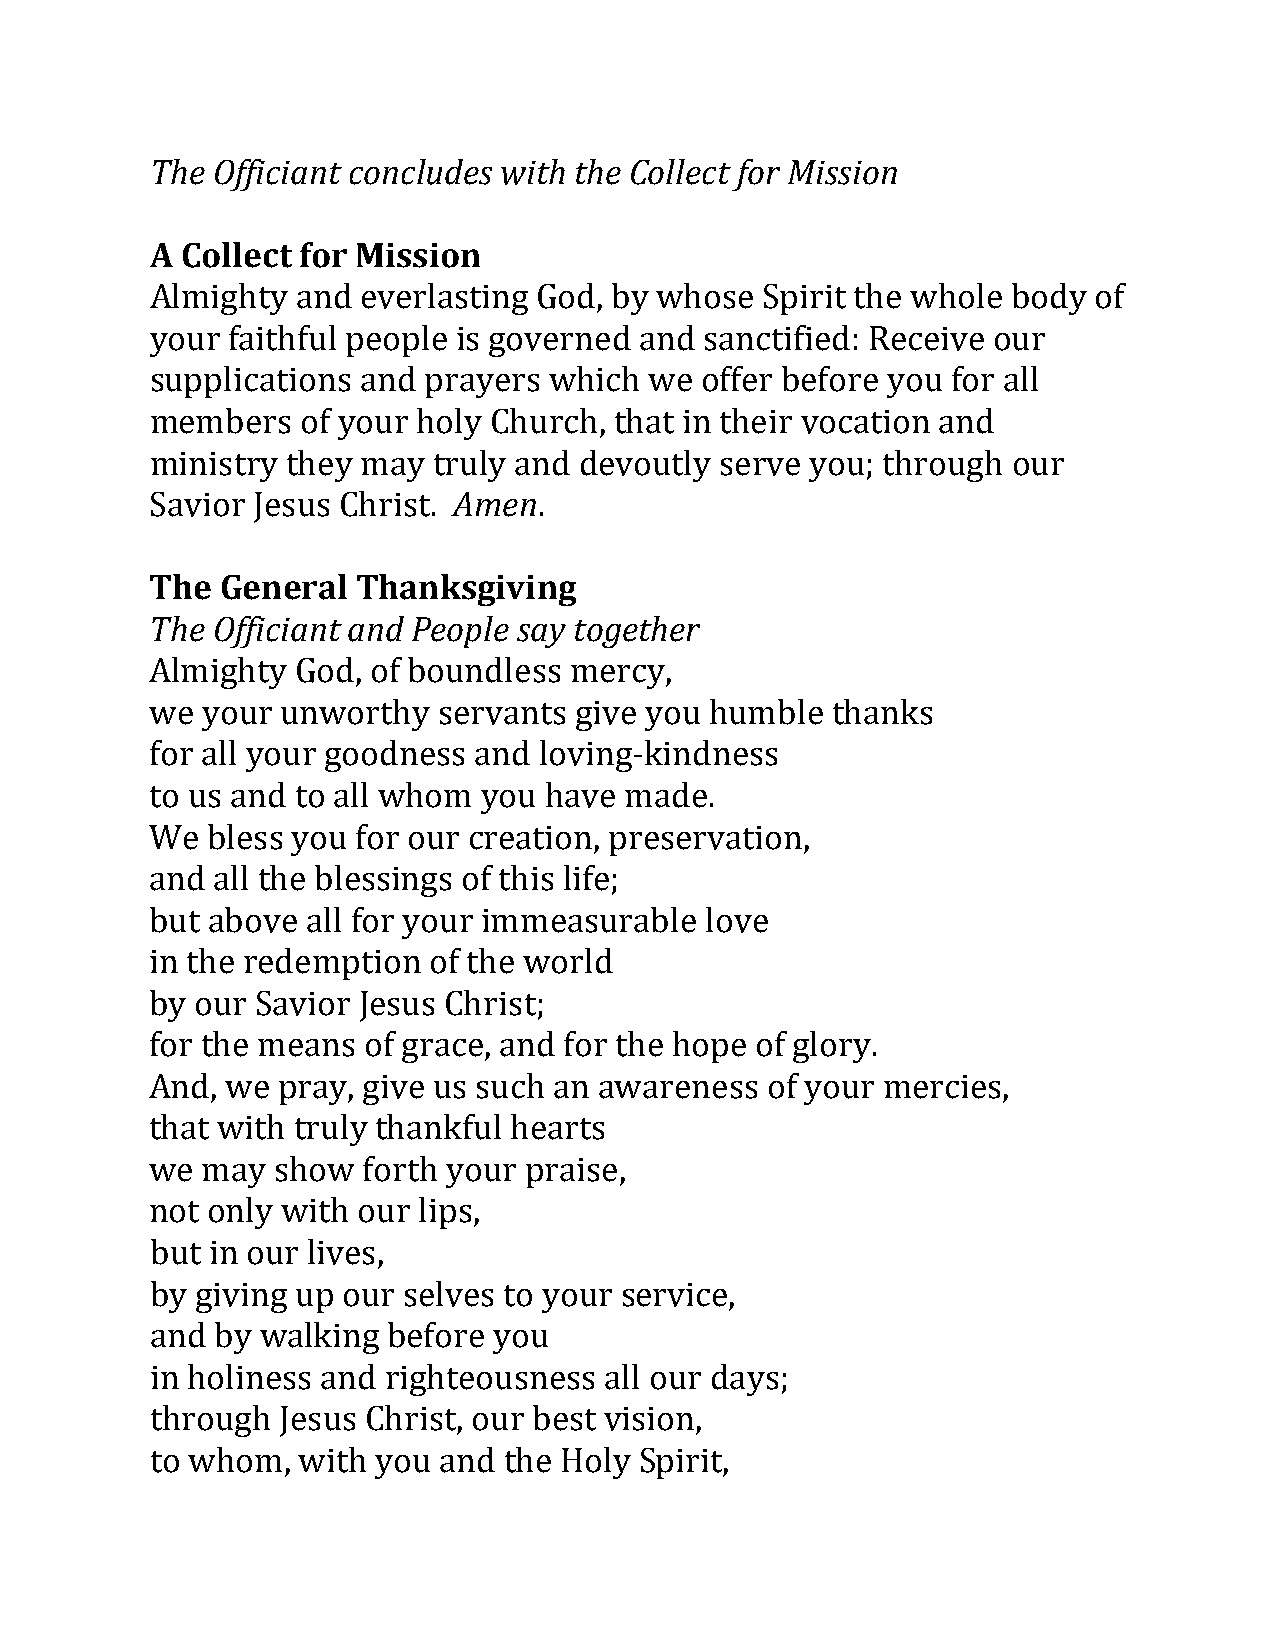
The Officiant concludes with the Collect for Mission
 A Collect for Mission
 Almighty  and everlasting God, by whose Spirit the whole body of
 your faithful people is governed and sanctified: Receive our
 supplications and prayers which  we offer before you for all
 members   of your hoAlym Cehnurch, that in their vocation and
 ministry they may  truly and devoutly serve you; through our
 TSahveio Gre Jneseursa lC Thhriastn. k sgivin. g
 The Officiant and People say together
 Almighty  God, of boundless mercy,
 we your  unworthy  servants give you humble  thanks
 for all your goodness and loving-kindness
 to us and to all whom you have made.
 We  bless you for our creation, preservation,
 and all the blessings of this life;
 but above all for your immeasurable  love
 in the redemption of the world
 by our Savior Jesus Christ;
 for the means of grace, and for the hope of glory.
 And, we pray, give us such an awareness  of your mercies,
 that with truly thankful hearts
 we may  show  forth your praise,
 not only with our lips,
 but in our lives,
 by giving up our selves to your service,
 and by walking  before you
 in holiness and righteousness all our days;
 through Jesus Christ, our best vision,
 to whom,  with you and the Holy Spirit,